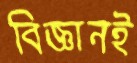
বিজ্ঞানই